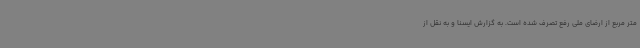
متر مربع از ارضای ملی رفع تصرف شده است. به گزارش ایسنا و به نقل از